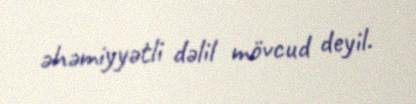
əhəmiyyətli dəlil mövcud deyil.